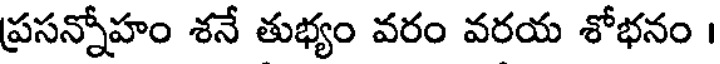
ప్రసన్నోహం శనే తుభ్యం వరం వరయ శోభనం ।